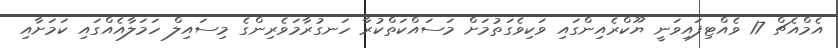
އެމްއެޗް 17 ވެއްޓިފައިވަނީ ޔޫކްރެއިންގައި ވަކިވެގަތުމަށް މަސައްކަތްކުރާ ހަނގުރާމަވެެރިންގެ މިސައިލް ހަމަލާއެއްގައި ކަމަށާއި